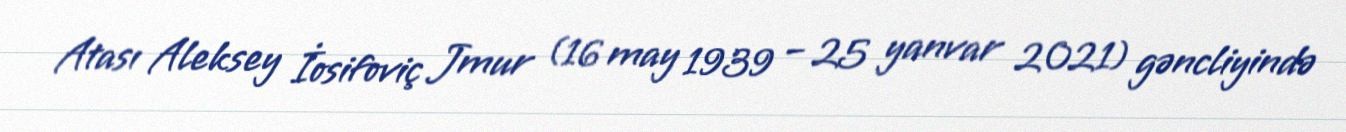
Atası Aleksey İosifoviç Jmur (16 may 1939 – 25 yanvar 2021) gəncliyində